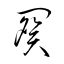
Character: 闋